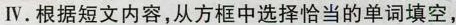
Ⅳ. 根据短文内容,从方框中选择恰当的单词填空,